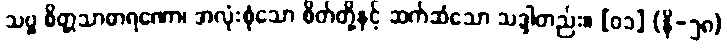
သဗ္ဗ စိတ္တသာဓာရဏော၊ အလုံးစုံသော စိတ်တို့နှင့် ဆက်ဆံသော သဒ္ဒါတည်း။ [၀၁] (နိ-၅၈)